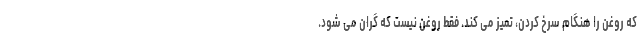
که روغن را هنگام سرخ کردن، تمیز می کند. فقط روغن نیست که گران می شود.